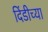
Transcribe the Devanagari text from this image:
दिंडीच्या